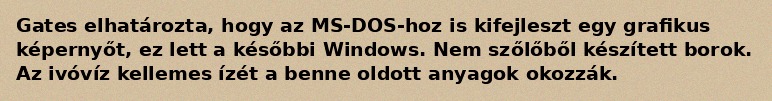
Gates elhatározta, hogy az MS-DOS-hoz is kifejleszt egy grafikus képernyőt, ez lett a későbbi Windows. Nem szőlőből készített borok. Az ivóvíz kellemes ízét a benne oldott anyagok okozzák.